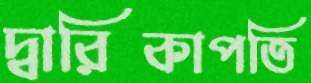
দ্বারিকাপতি